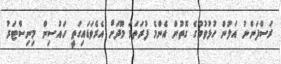
ރަސްފަންނު އަލުން ހުޅުވުމުގެ ގޮތުން އެންމެ ފުރަތަމަ މޫދަށް އެރެވަޑައިގަތީ ހައުސިން މިނިސްޓަރު